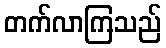
တက်လာကြသည်